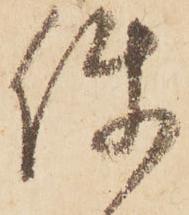
使